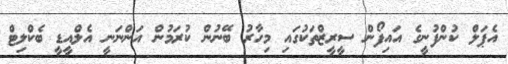
އެޕަލް ކުންފުނީގެ އައިފޯން ސީރީޒްތަކުގައި މިހާރު ބޭނުން ކުރަމުން އަންނަނީ އެލްއީޑީ ބެކްލިޓް